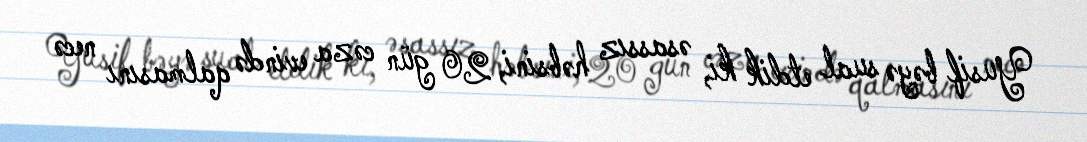
Yusif bəyə sual etdik ki, əsassız həbsini, 20 gün cəza evində qalmasını necə